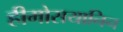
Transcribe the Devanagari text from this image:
हीमोसयानिन